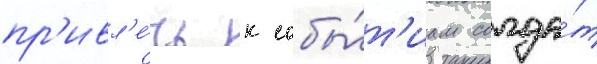
пр'ивл'е́чь к собы́т'иам солда́т